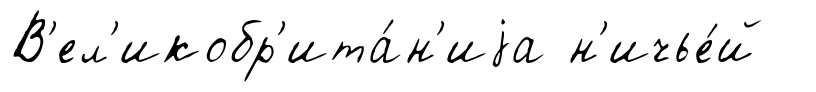
В'ел'икобр'ита́н'иjа н'ичье́й